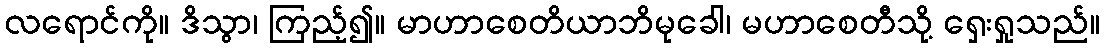
လရောင်ကို။ ဒိသွာ၊ ကြည့်၍။ မာဟာစေတိယာဘိမုခေါ၊ မဟာစေတီသို့ ရှေးရှုသည်။